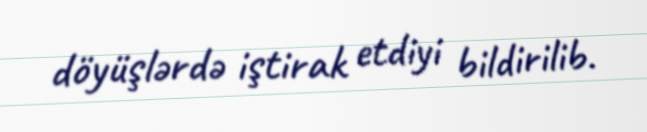
döyüşlərdə iştirak etdiyi bildirilib.